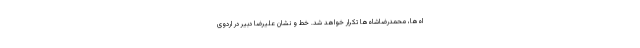
اه‌ها، محمدرضاشاه‌ها تکرار خواهد شد. خط و نشان علیرضا دبیر در اردوی